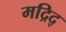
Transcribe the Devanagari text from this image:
मद्रिद्